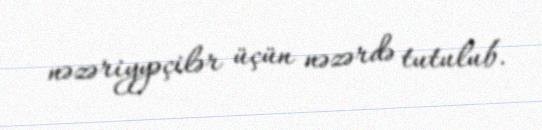
nəzəriyyəçilər üçün nəzərdə tutulub.